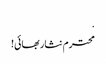
.
محترم نثار بھائی!